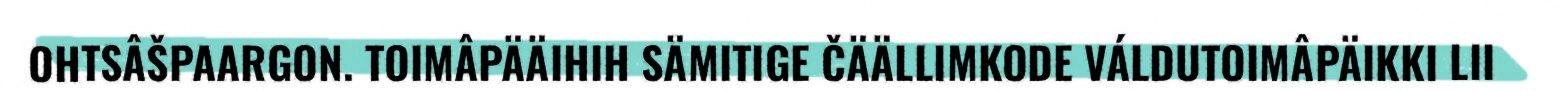
OHTSÂŠPAARGON. TOIMÂPÄÄIHIH SÄMITIGE ČÄÄLLIMKODE VÁLDUTOIMÂPÄIKKI LII